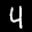
Label: 4